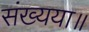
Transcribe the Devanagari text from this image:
संख्यया॥